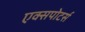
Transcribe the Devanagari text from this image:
एक्सपोटर्स